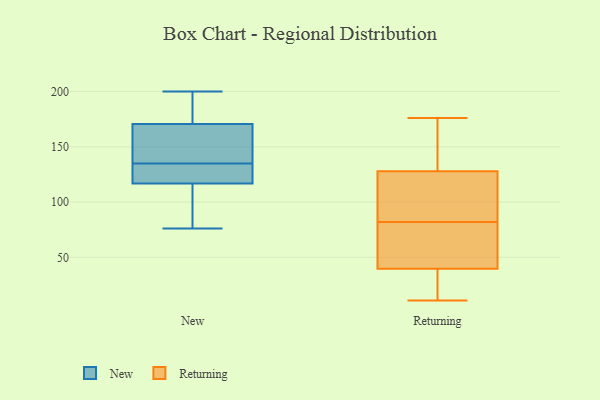
{"axis": {"x": "Waste Production (Tons)", "y": "Value"}, "legend": ["New", "Returning"], "data": [{"x": "", "y": 135, "type": "New"}, {"x": "", "y": 200, "type": "New"}, {"x": "", "y": 175, "type": "New"}, {"x": "", "y": 117, "type": "New"}, {"x": "", "y": 142, "type": "New"}, {"x": "", "y": 116, "type": "New"}, {"x": "", "y": 155, "type": "New"}, {"x": "", "y": 173, "type": "New"}, {"x": "", "y": 170, "type": "New"}, {"x": "", "y": 128, "type": "New"}, {"x": "", "y": 108, "type": "New"}, {"x": "", "y": 123, "type": "New"}, {"x": "", "y": 76, "type": "New"}, {"x": "", "y": 63, "type": "Returning"}, {"x": "", "y": 75, "type": "Returning"}, {"x": "", "y": 131, "type": "Returning"}, {"x": "", "y": 51, "type": "Returning"}, {"x": "", "y": 11, "type": "Returning"}, {"x": "", "y": 105, "type": "Returning"}, {"x": "", "y": 176, "type": "Returning"}, {"x": "", "y": 64, "type": "Returning"}, {"x": "", "y": 167, "type": "Returning"}, {"x": "", "y": 82, "type": "Returning"}, {"x": "", "y": 34, "type": "Returning"}, {"x": "", "y": 168, "type": "Returning"}, {"x": "", "y": 109, "type": "Returning"}, {"x": "", "y": 16, "type": "Returning"}, {"x": "", "y": 16, "type": "Returning"}, {"x": "", "y": 36, "type": "Returning"}, {"x": "", "y": 146, "type": "Returning"}, {"x": "", "y": 119, "type": "Returning"}, {"x": "", "y": 99, "type": "Returning"}]}